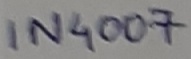
Text: IN4007